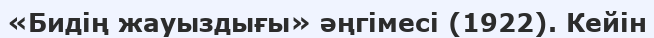
«Бидің жауыздығы» әңгімесі (1922). Кейін